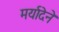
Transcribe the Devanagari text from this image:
मर्यादेने